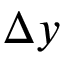
\Delta y